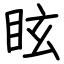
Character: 眩